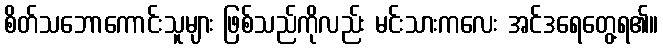
စိတ်သဘောကောင်းသူများ ဖြစ်သည်ကိုလည်း မင်းသားကလေး အင်ဒရေတွေ့ရ၏။